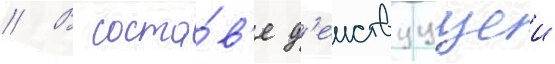
// В соста́в'е д'еиствуущеи